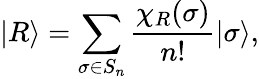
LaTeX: |R\rangle=\sum_{\sigma\in S_{n}}\frac{\chi_{R}(\sigma)}{n!}|\sigma\rangle,